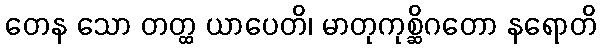
တေန သော တတ္ထ ယာပေတိ၊ မာတုကုစ္ဆိဂတော နရောတိ